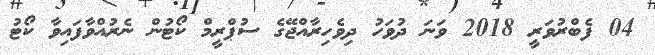
04 ފެބްރުވަރީ 2018 ވަނަ ދުވަހު ދިވެހިރާއްޖޭގެ ސުޕްރީމް ކޯޓުން ނެރުއްވާފައިވާ ކޯޓު